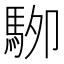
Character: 𱄖